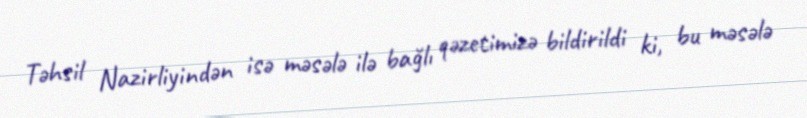
Təhsil Nazirliyindən isə məsələ ilə bağlı qəzetimizə bildirildi ki, bu məsələ